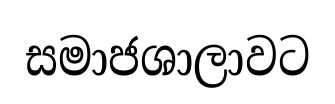
සමාජශාලාවට